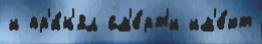
и пр'и́н'ял см'е́рт'и им'е́ют